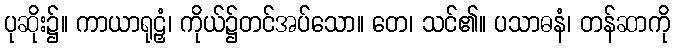
ပုဆိုး၌။ ကာယာရုဠှံ၊ ကိုယ်၌တင်အပ်သော။ တေ၊ သင်၏။ ပသာဓနံ၊ တန်ဆာကို